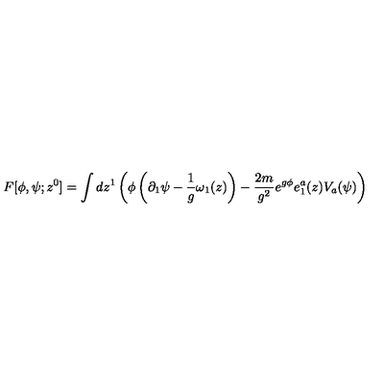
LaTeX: F [ \phi , \psi ; z ^ { 0 } ] = \int d z ^ { 1 } \left( \phi \left( \partial _ { 1 } \psi - { \frac 1 g } \omega _ { 1 } ( z ) \right) - \frac { 2 m } { g ^ { 2 } } e ^ { g \phi } e _ { 1 } ^ { a } ( z ) V _ { a } ( \psi ) \right) \